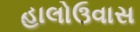
હાલોઉવાસ